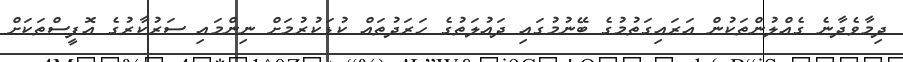
ދިމާވެދާނެ ގެއްލުންތަކުން އަރައިގަތުމުގެ ބޭނުމުގައި ދައުލަތުގެ ހަރަދުތައް ކުޑަކުރުމަށް ނިންމައި ސަރުކާރުގެ އޮފީސްތަކަށް